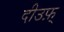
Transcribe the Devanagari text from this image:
दीउफ़्